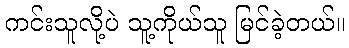
ကင်းသူလို့ပဲ သူ့ကိုယ်သူ မြင်ခဲ့တယ်။